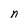
Character: n